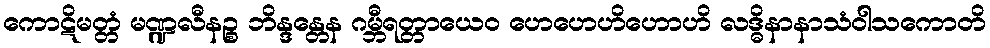
ကောဋိမတ္တံ မဏ္ဍလီနဉ္စ ဘိန္ဒန္တေန ဂမ္ဘီရတ္တာယေဝ ဟေဟေဟိဟောဟိ လဒ္ဓိနာနာသံဝါသကောတိ